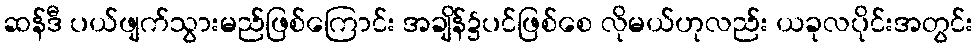
ဆန်ဒီ ပယ်ဖျက်သွားမည်ဖြစ်ကြောင်း အချိန်၌ပင်ဖြစ်စေ လိုမယ်ဟုလည်း ယခုလပိုင်းအတွင်း